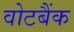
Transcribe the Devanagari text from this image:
वोटबैंक